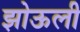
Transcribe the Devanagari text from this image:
झोऊली